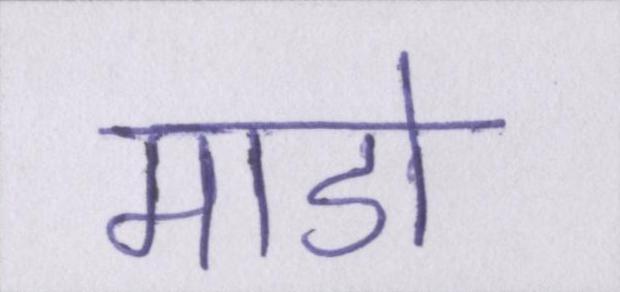
माडो